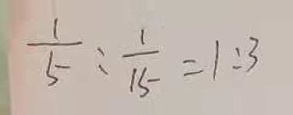
\frac { 1 } { 5 } : \frac { 1 } { 1 5 } = 1 : 3